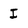
Character: I